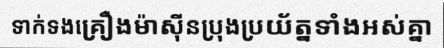
ទាក់ទងគ្រឿងម៉ាស៊ីនប្រុងប្រយ័ត្នទាំងអស់គ្នា